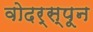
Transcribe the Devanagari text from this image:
वोदर्स्पून